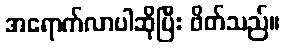
အရောက်လာပါဆိုပြီး ဖိတ်သည်။